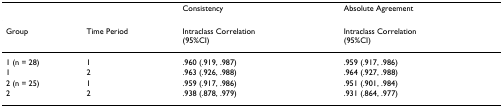
|  |  | Consistency | Absolute Agreement |
 | --- | --- | --- | --- |
 | Group | Time Period | Intraclass Correlation (95%CI) | Intraclass Correlation (95%CI) |
 | 1 (n = 28) | 1 | .960 (.919, .987) | .959 (.917, .986) |
 | 1 | 2 | .963 (.926, .988) | .964 (.927, .988) |
 | 2 (n = 25) | 1 | .959 (.917, .986) | .951 (.901, .984) |
 | 2 | 2 | .938 (.878, .979) | .931 (.864, .977) |